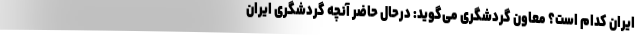
ایران کدام است؟ معاون گردشگری می‌گوید: درحال حاضر آنچه گردشگری ایران